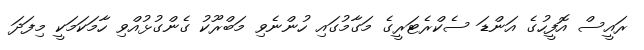
ރައީސް އޮފީހުގެ އަންޑަ ސެކްރެޓަރީގެ މަގާމުގައި ހުންނެވި މަބްރޫކު ގެންގުޅުއްވި ހާމަކަމަކީ މިފަދަ